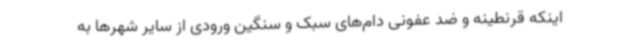
اینکه قرنطینه و ضد عفونی دام‌های سبک و سنگین ورودی از سایر شهرها به